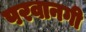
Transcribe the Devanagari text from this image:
परवानगी